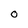
Character: O